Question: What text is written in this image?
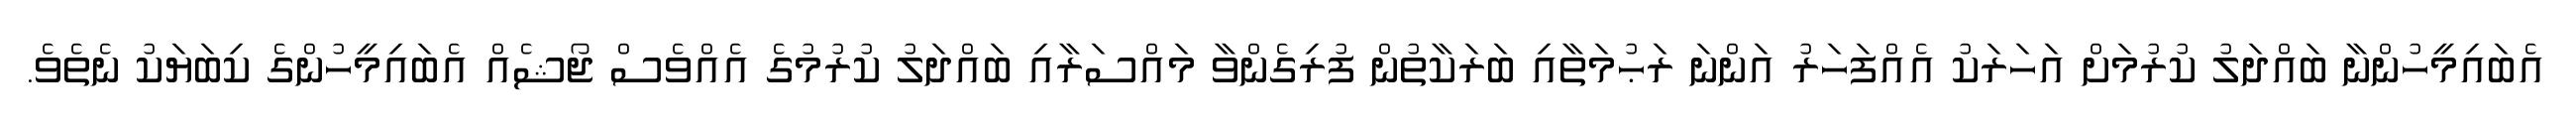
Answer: އެބައިމީހުންނާ ބައްދަލު ކުރުމަށް އަހަރަކު އެއްފަހަރު އަންނަ ރަޙުމަތާއި ބަރަކާތުން ފުރިގެންވާ މައްސަރާއި ބައްދަލު ކުރުމުގެ އެއްވެސް ޖޯޝެއް އެބައިމީހުންގެ ކިބަޔަކު ނެތެވެ.